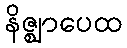
နိဇ္ဈာပေထ